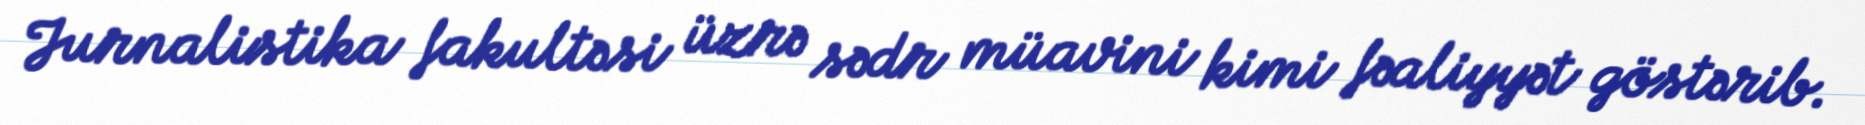
Jurnalistika fakultəsi üzrə sədr müavini kimi fəaliyyət göstərib.